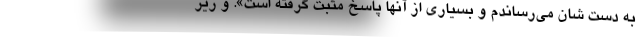
به دست شان می‌رساندم و بسیاری از آنها پاسخ مثبت گرفته است». و زیر